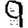
Digit: 9